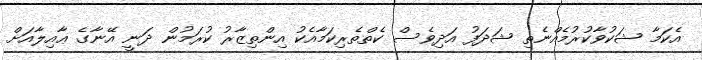
އެކަމާ ޝަކުވާކުރުމެއްނެތި ޝަދަފު އަދިވެސް ކެތްތެރިކަމާއެކު އިންތިޒާރު ކުރަމުން ދަނީ އޭނާގެ ޢާއިލާއަށް